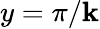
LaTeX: y=\pi/\mathbf{k}